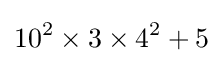
10^{2}\times 3\times 4^{2}+5